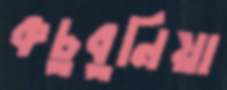
কচুবুনিয়া